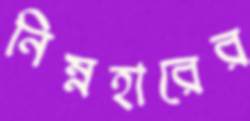
নিম্নহারের